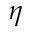
\eta